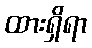
ထားရှိရာ